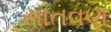
સાતવણ